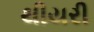
થીયરી